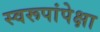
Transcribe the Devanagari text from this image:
स्वरूपांपेक्षा